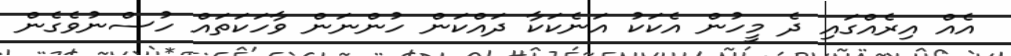
އެއް އިރެއްގައި ދެ މީހުން އެކަކު އަނެކަކާ ދައްކަން ހުންނަން ވާހަކަތައް ހުސްނުވެގެން